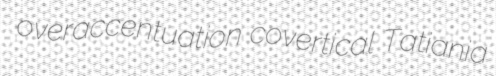
overaccentuation covertical Tatiania